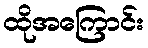
ထိုအကြောင်း